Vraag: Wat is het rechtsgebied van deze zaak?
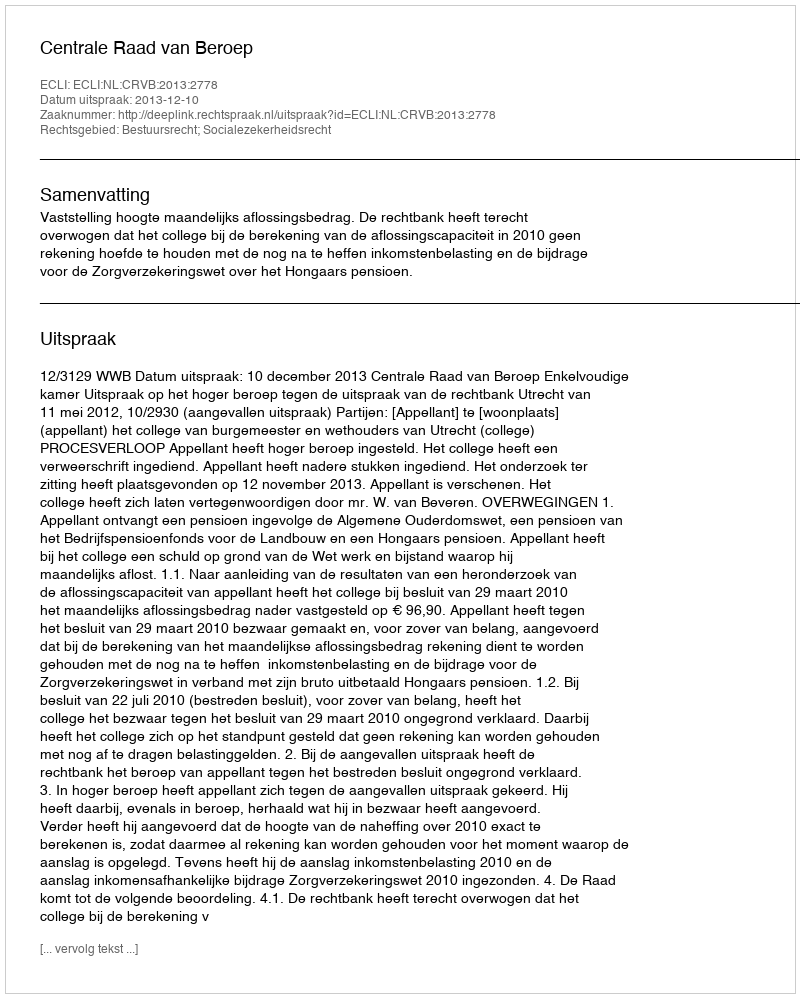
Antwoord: Bestuursrecht; Socialezekerheidsrecht